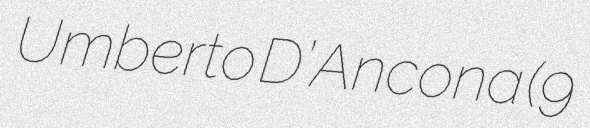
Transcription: Umberto D’Ancona (9